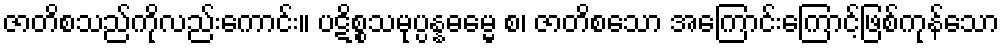
ဇာတိစသည်ကိုလည်းကောင်း။ ပဋိစ္စသမုပ္ပန္နဓမ္မေ စ၊ ဇာတိစသော အကြောင်းကြောင့်ဖြစ်ကုန်သော